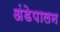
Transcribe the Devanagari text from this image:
अंडेपालन